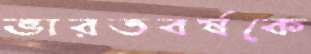
ভারতবর্ষকে